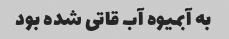
به آبمیوه آب قاتی شده بود